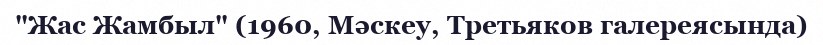
"Жас Жамбыл" (1960, Мәскеу, Третьяков галереясында)